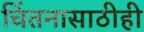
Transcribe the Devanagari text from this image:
चिंतनासाठीही